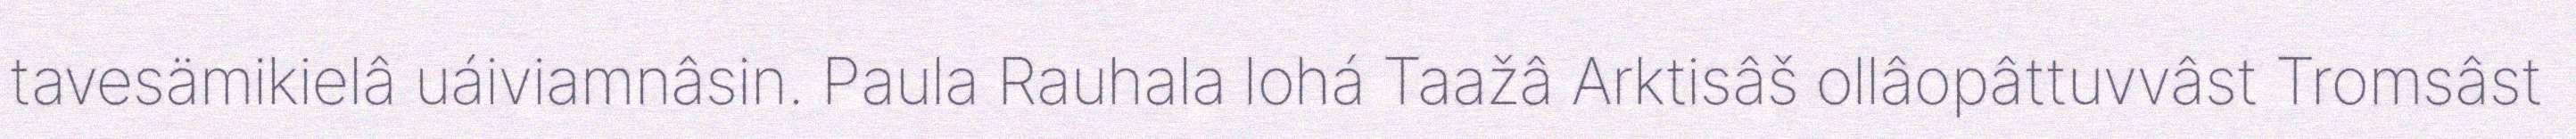
tavesämikielâ uáiviamnâsin. Paula Rauhala lohá Taažâ Arktisâš ollâopâttuvvâst Tromsâst